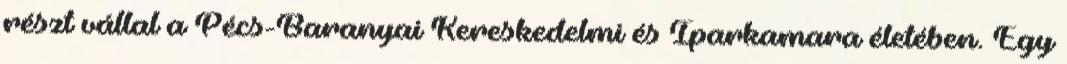
részt vállal a Pécs-Baranyai Kereskedelmi és Iparkamara életében. Egy